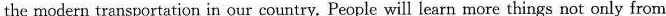
the modern transportation in our country. People will learn more things not only from